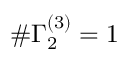
\# \Gamma _ { 2 } ^ { ( 3 ) } = 1